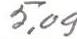
5,09